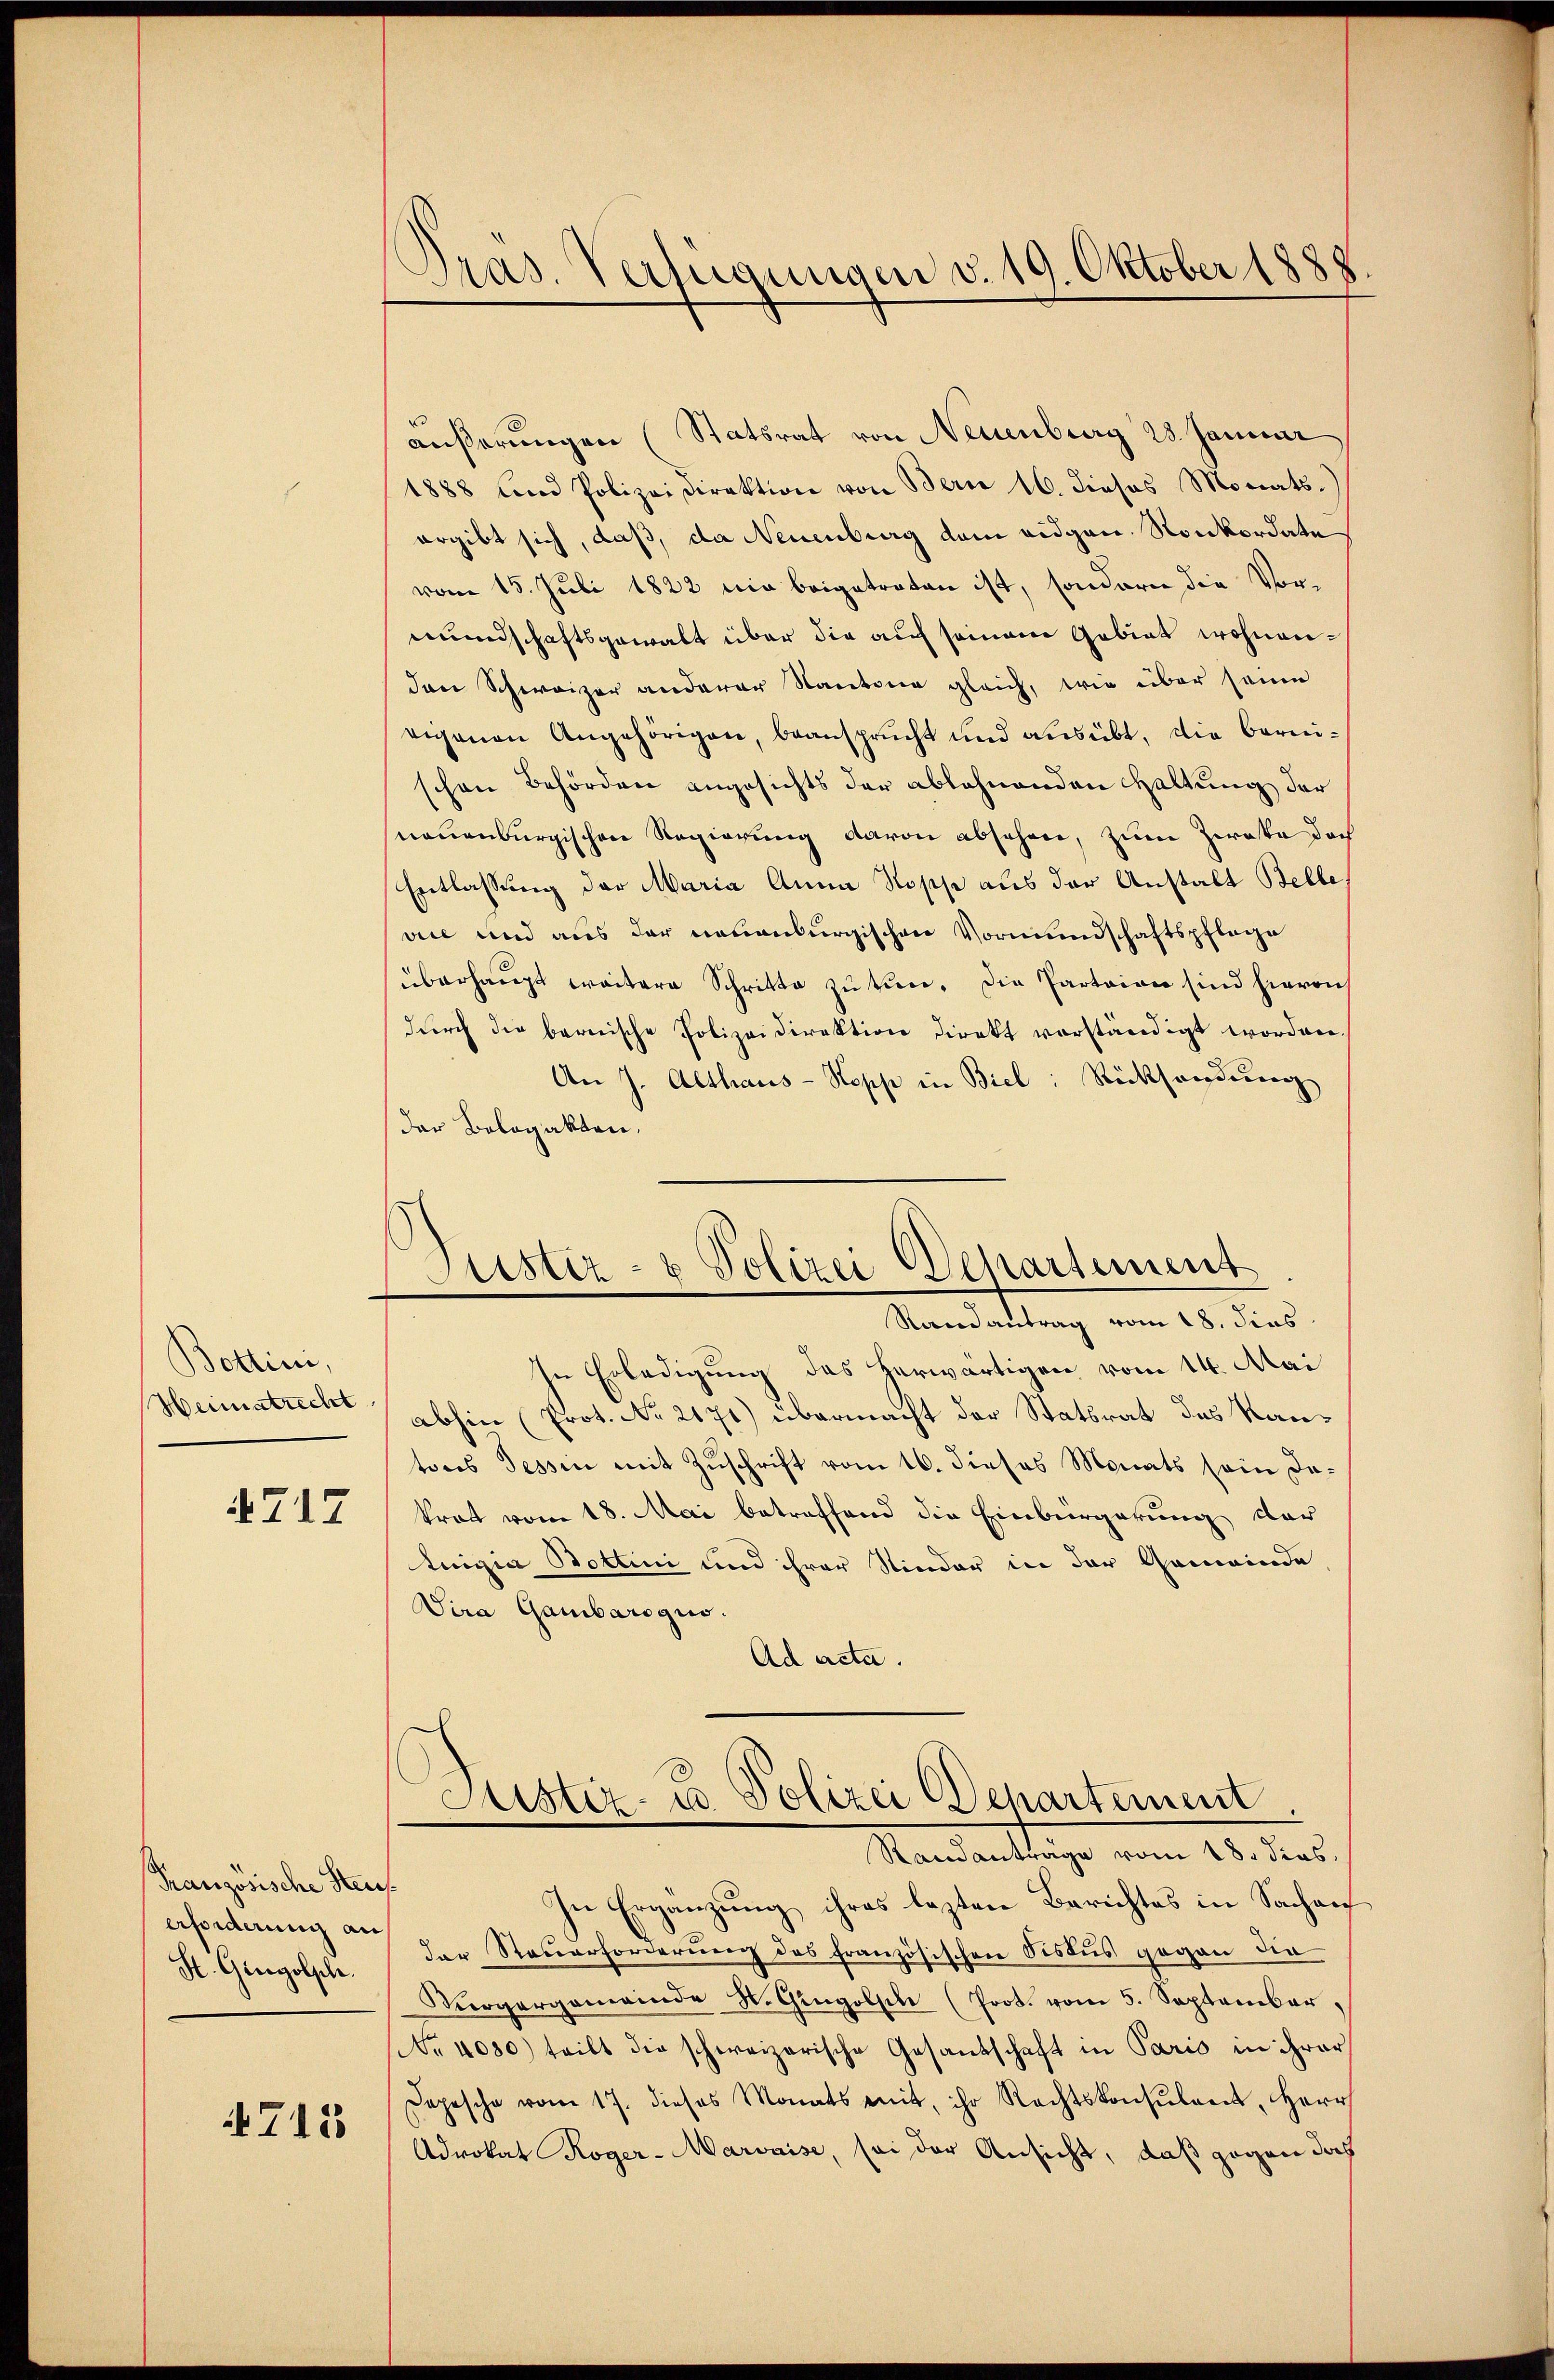
Bottin,
Heimatrecht

4717

Französische Steu
erforderung an
St. Gingolsche.

4715

Pras. Verfügungen v. 19. Oktober 1888

Justiz- & Polizei Departement
Randantrag vom 18. dies

äußerungen (Statsrat von Neuenburg 28. Januar
1888 und Polizeidirektion von Bern 16. dieses Monats.)
ergibt sich, daß, da Neuenburg dem eidgen. Nonkordate
vom 15. Juli 1822 nie beigetreten ist, sondern die Vormundschaftsgewalt über die auch seinem Gebiet wohnenden Schweizer anderer Kantone gleich, wie über seine
eigenen Angehörigen, beansprucht und ausübt, die Bernischen Behörden angesichts der ablehnenden Haltung der
neuenburgischen Regierung davon absehen, zum Zwote doch
Entlassung der Maria Anna Rosse aus der Anstalt Belle
vice und aus der neuenburgischen Vormundschaftspflache
überhaŭpt weitere Schritte zŭ tun. Die Parteien sind hievon
durch die bernische Polizeidirektion direkt verständigt worden.
An J. Althaus-Kopp in Biel: Rücksendung
der Bologakten.
In Erledigung des herwärtigen vom 14. Mai
abhin (Prot. No 2171) übermacht der Statsrat des Kantores Tessin mit Zuschrift vom 16. dieses Monats sein Dakraft vom 18. Mai betreffend die Einbürgerung dar
Luigia Bottini und ihrer Nieder in der Gemeinde
Vira Gambarogio.
Ad acta.
Justiz- & Polizei Departement
Randantrage vom 18. dies,
t
In Ergänzung ihres lezten Berichtes in Sachen
der Steuerforderung des französischen Sistus gegen die
Fürgergemeinde St. Gingolsch (Prot. vom 5. September,
No 4030) teilt die schweizerische Gesandschaft in Paris in ihrer
Depesche vom 17. dieses Monats mit, ihr Rechtskonsulant, Herr
Advokat Roger-Marvaise, sei der Ansicht, daß gegen doch